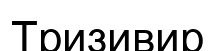
Тризивир